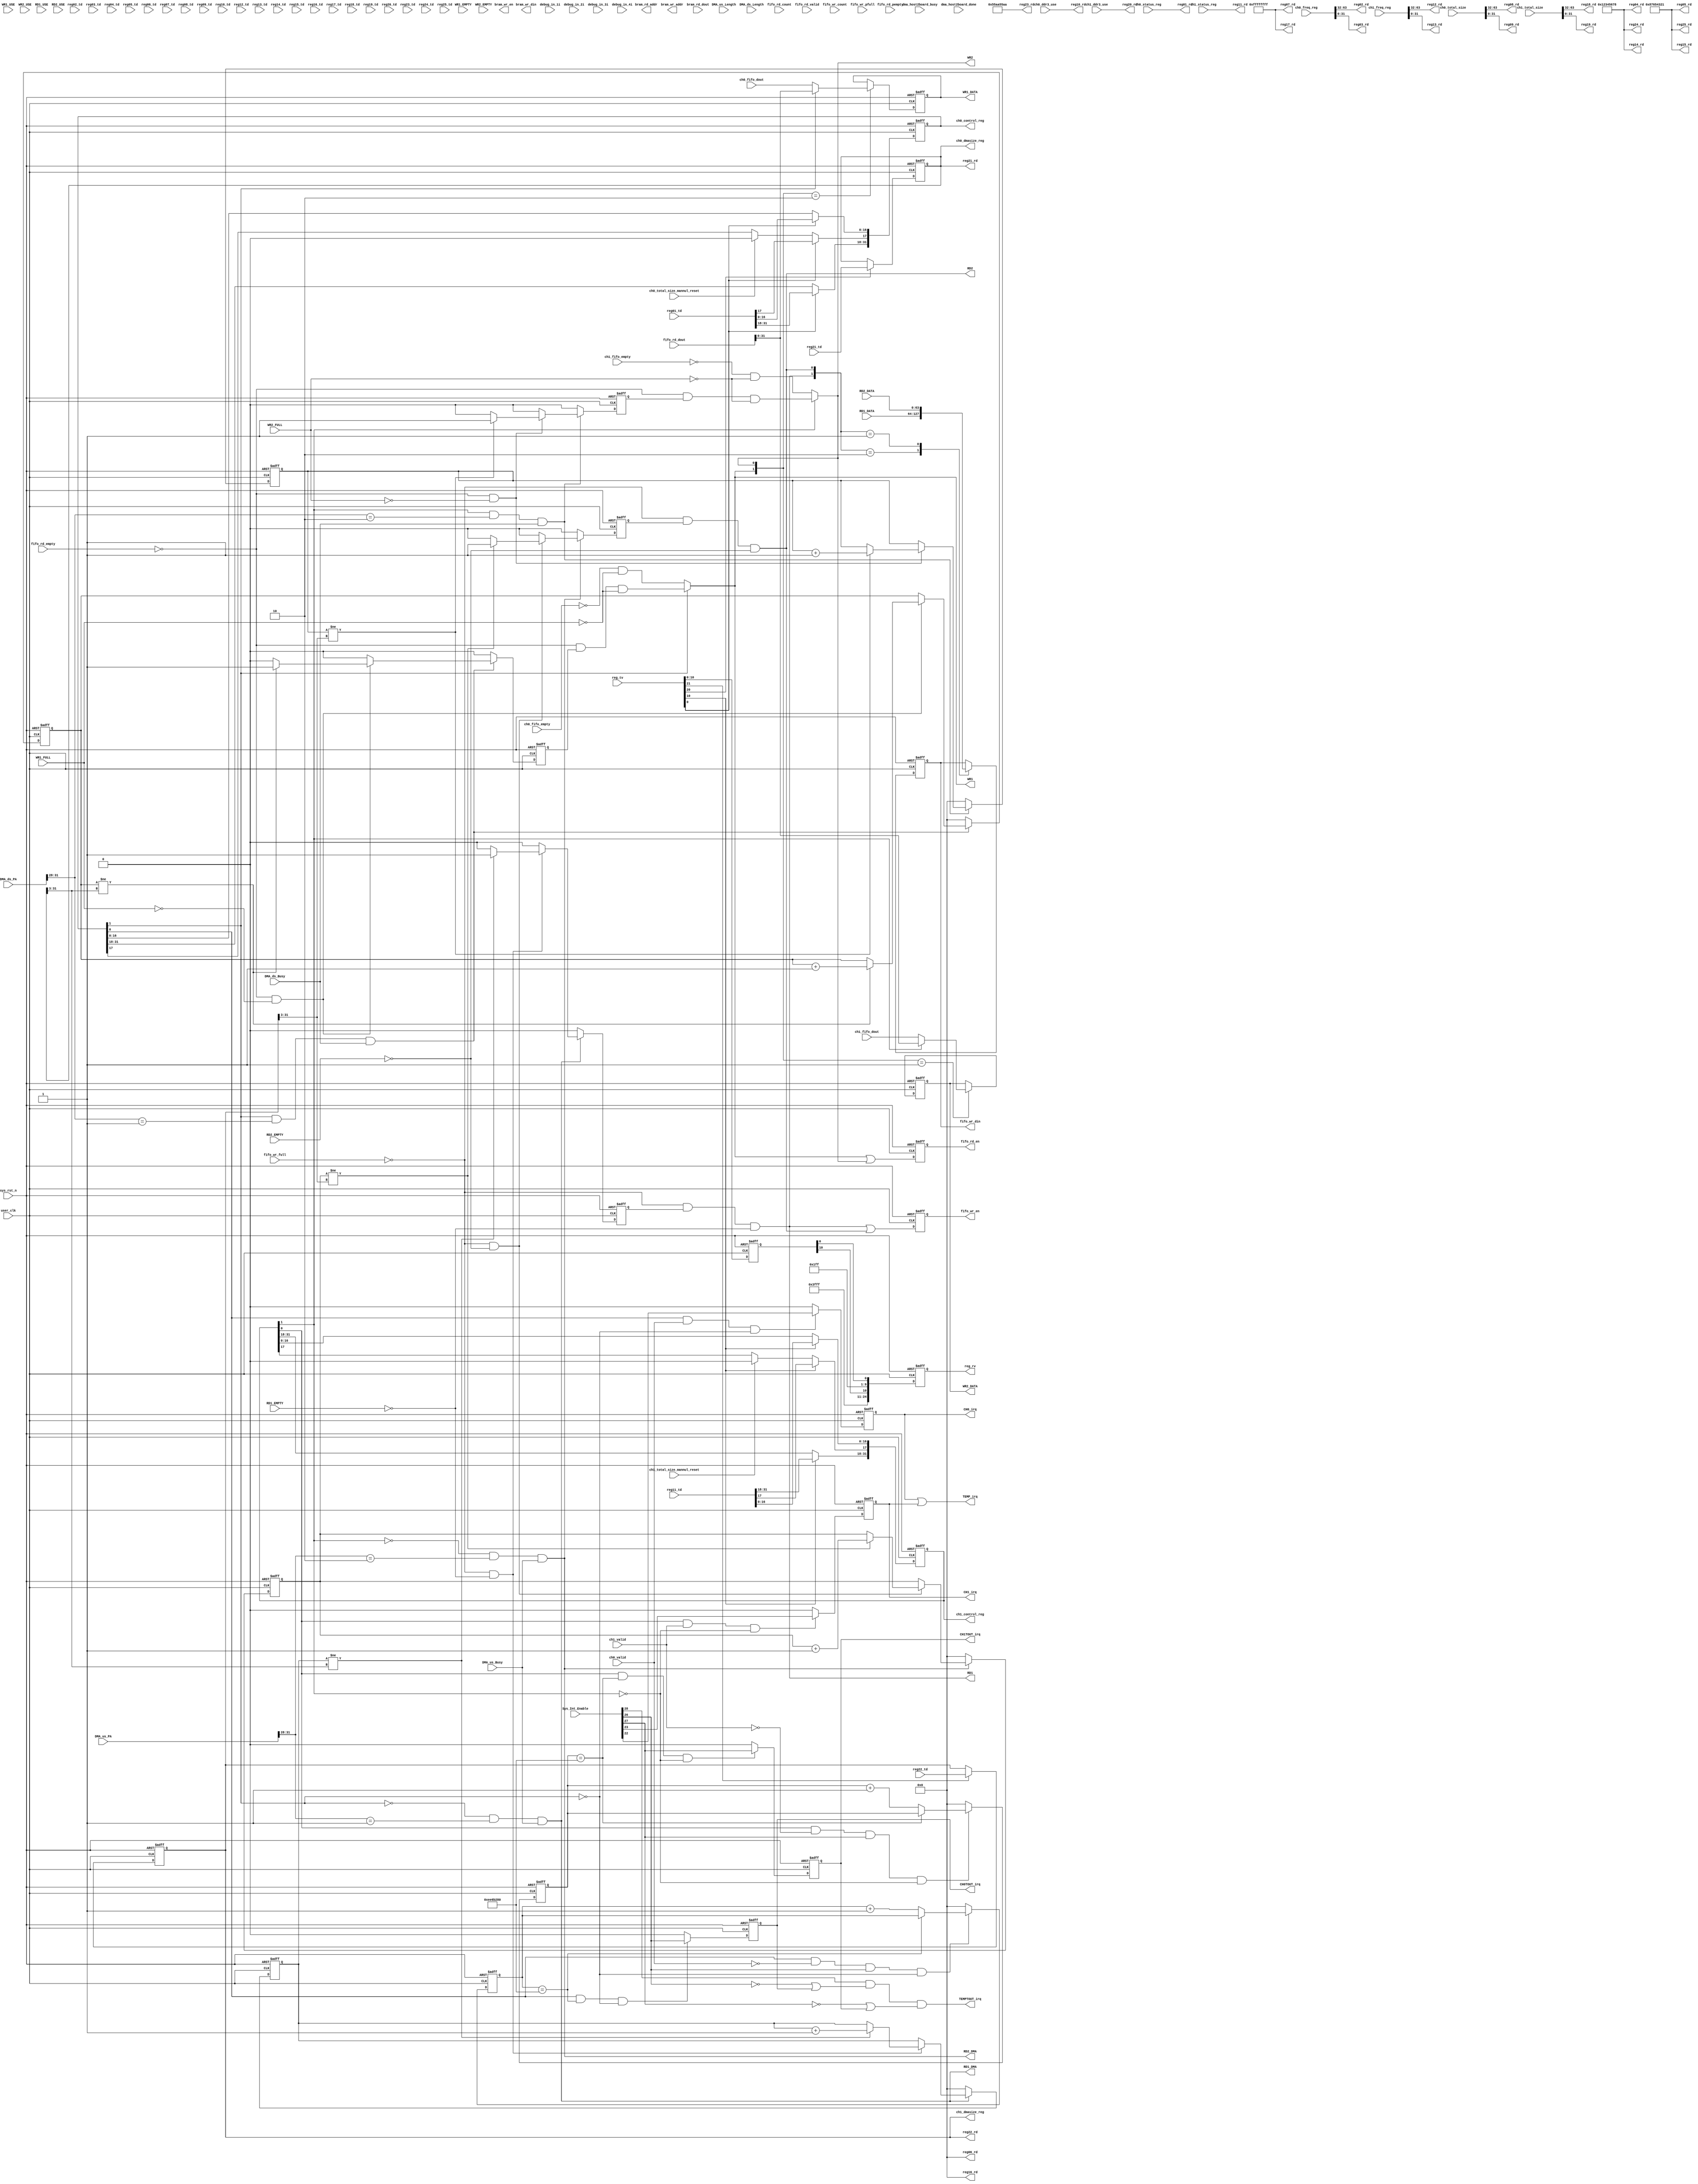
`timescale 1ns / 1ps

module Connection(
	input							user_clk, 
	input 						sys_rst_n,
			
	input							dma_host2board_busy,
	input							dma_host2board_done,
			
	output	reg				CH0_irq, CH1_irq,
	output						TEMP_irq,
	output	reg				CH0TOUT_irq, CH1TOUT_irq,
	output						TEMPTOUT_irq,
	
	input	[63:0]				Sys_Int_Enable,
	input	[31:0]				DMA_us_Length,
	input	[31:0]				DMA_us_PA,
	input							DMA_us_Busy,	

	input	[31:0]				DMA_ds_Length,
	input	[31:0]				DMA_ds_PA,
	input							DMA_ds_Busy,	
	
	//pcie fifo read side
	input	[14:0]				fifo_rd_count,
	input							fifo_rd_empty,
	input							fifo_rd_pempty,
	input							fifo_rd_valid,
	output	reg				fifo_rd_en,
	input		[63:0]			fifo_rd_dout, 	
	//pcie fifo write side
	input		[14:0]			fifo_wr_count, 
	input							fifo_wr_full,
	input							fifo_wr_pfull,
	output	reg				fifo_wr_en, 
	output	reg [63:0]		fifo_wr_din,
	
	//pcie dpram port
	output	reg	[11:0]	bram_rd_addr, 
	output	reg	[11:0]	bram_wr_addr, 
	output	reg	[63:0]	bram_wr_din,
	output	reg	[7:0]		bram_wr_en,
	input		[63:0]			bram_rd_dout,	
	
	//DAQ ch input
	input		[31:0]			ch0_fifo_dout,
	input							ch0_fifo_empty,
	input		[31:0]			ch1_fifo_dout,
	input							ch1_fifo_empty,		
		
	//	FIFO Write Side 1
	output 	reg	[31:0]  			WR1_DATA,         //Data input
	output						WR1,					//Write Request
	input							WR1_FULL,			//Write fifo full
	input		[31:0]			WR1_USE,				//Write fifo usedw
	input							WR1_EMPTY,
	//	FIFO Write Side 2
	output  	reg	[31:0]      	WR2_DATA,         
	output						WR2,			
	input							WR2_FULL,			
	input		[31:0]			WR2_USE,				
	input							WR2_EMPTY,	
	
	//	FIFO Read Side 1	
	input  	[63:0]   		RD1_DATA,         //Data output
	output						RD1,					//Read Request
	input							RD1_EMPTY,			//Read fifo empty
	input		[11:0]			RD1_USE,				//Read fifo usedw
	output						RD1_DMA,
		
	//	FIFO Read Side 2	
	input  	[63:0]   		RD2_DATA,          
	output						RD2,
	input							RD2_EMPTY,			
	input		[11:0]			RD2_USE,				
	output						RD2_DMA,
		
	input		[31:0]			debug_in_1i, debug_in_2i, debug_in_3i,debug_in_4i, 	 
			
	input		[31:0]			reg01_td,reg02_td,reg03_td,reg04_td,reg05_td,reg06_td,reg07_td,reg08_td,reg09_td,reg10_td,
									reg11_td,reg12_td,reg13_td,reg14_td,reg15_td,reg16_td,reg17_td,reg18_td,reg19_td,reg20_td,
									reg21_td,reg22_td,reg23_td,reg24_td,reg25_td,
	input		[24:0]			reg_tv,

	output	[31:0]			reg01_rd,reg02_rd,reg03_rd,reg04_rd,reg05_rd,reg06_rd,reg07_rd,reg08_rd,reg09_rd,reg10_rd,
									reg11_rd,reg12_rd,reg13_rd,reg14_rd,reg15_rd,reg16_rd,reg17_rd,reg18_rd,reg19_rd,reg20_rd,
									reg21_rd,reg22_rd,reg23_rd,reg24_rd,reg25_rd,
	output	reg	[24:0]	reg_rv,

	output	reg	[31:0]	ch0_control_reg,ch1_control_reg,
	output	reg	[31:0]	ch0_dmasize_reg,ch1_dmasize_reg,
	input		[31:0]			ch0_status_reg,ch1_status_reg,
	input		[63:0]			ch0_freq_reg,ch1_freq_reg,

	input		[63:0]			ch0_total_size,ch1_total_size,
			
	input		[31:0]			ch0_ddr3_use,ch1_ddr3_use,
	input							ch0_valid,ch1_valid,

	input							ch0_total_size_mannul_reset,

	input							ch1_total_size_mannul_reset	

);

localparam	C_INT_TIME_OUT_VALUE = 32'd250_000_000;//2s @ 125MHz, for 4Mbps data rate, 1s means 512KB

//---------------us DMA FIFO Read Control-----------------------------------------------------
reg	RD1_reg,RD2_reg;//local reg for Ch data read fifo en

assign	RD1_DMA = (~ch0_control_reg[1] & (DMA_us_PA[31:28] == 4'h1) & DMA_us_Busy);
assign	RD2_DMA = (~ch1_control_reg[1] & (DMA_us_PA[31:28] == 4'h2) & DMA_us_Busy);
assign	RD1 = ~fifo_wr_full & RD1_reg & !RD1_EMPTY;	 
assign	RD2 = ~fifo_wr_full & RD2_reg & !RD2_EMPTY;

//assign	fifo_wr_din = RD1 ? RD1_DATA : RD2 ? RD2_DATA : fifo_wr_din;
//assign	fifo_wr_en = RD1 | RD2;
always@(posedge user_clk or negedge sys_rst_n)begin
	if(!sys_rst_n)begin
		fifo_wr_din <= 64'b0;
		end
	else begin
		case({RD1,RD2})
			2'b10: fifo_wr_din <= RD1_DATA;
			2'b01: fifo_wr_din <= RD2_DATA;
			default:fifo_wr_din <= fifo_wr_din;
		endcase
	end
end	
		
		
always@(posedge user_clk or negedge sys_rst_n)begin
	if(!sys_rst_n)begin
		fifo_wr_en <= 1'b0;
		end
	else begin
		fifo_wr_en <= RD1 | RD2;
		end
	end
	

reg	[31:0]	us_transfer_count1,us_transfer_count2;
always@(posedge user_clk or negedge sys_rst_n)begin
	if(!sys_rst_n)begin
		us_transfer_count1 <= 32'b0;
		RD1_reg <= 1'b0;
		end
	else if(RD1_DMA)begin	
		if(~fifo_wr_full & !RD1_EMPTY)begin
			if(us_transfer_count1 != (ch0_dmasize_reg>>3))begin//DMA_us_Length is in BYTE, fifo width is QDWORD               
				us_transfer_count1 <= us_transfer_count1 + 1'b1;
				RD1_reg <= 1'b1;
				end
			else begin
				us_transfer_count1 <= us_transfer_count1;
				RD1_reg <= 1'b0;
				end
			end
		else begin
			us_transfer_count1 <= us_transfer_count1;
			RD1_reg <= 1'b0;
			end
		end
	else begin
		us_transfer_count1 <= 32'b0;
		RD1_reg <= 1'b0;
		end
	end
	
always@(posedge user_clk or negedge sys_rst_n)begin
	if(!sys_rst_n)begin
		us_transfer_count2 <= 32'b0;
		RD2_reg <= 1'b0;
		end
	else if(RD2_DMA)begin
		if(~fifo_wr_full & !RD2_EMPTY)begin
			if(us_transfer_count2 != (ch1_dmasize_reg>>3))begin
				us_transfer_count2 <= us_transfer_count2 + 1'b1;
				RD2_reg <= 1'b1;
				end
			else begin
				us_transfer_count2 <= us_transfer_count2;
				RD2_reg <= 1'b0;
				end		
			end
		else begin
			us_transfer_count2 <= us_transfer_count2;
			RD2_reg <= 1'b0;
			end	
		end
	else begin
		us_transfer_count2 <= 32'b0;
		RD2_reg <= 1'b0;
		end
	end

//---------------ds DMA FIFO Write Control-----------------------------------------------------
reg	WR1_reg,WR2_reg;//local reg for Ch data read fifo en

assign	WR1_DMA = (ch0_control_reg[1] & (DMA_ds_PA[31:28] == 4'h1) & DMA_ds_Busy);
assign	WR2_DMA = (ch1_control_reg[1] & (DMA_ds_PA[31:28] == 4'h2) & DMA_ds_Busy);
assign	WR1 = ch0_control_reg[1] ? (~fifo_rd_empty & WR1_reg & ~WR1_FULL) : (~ch0_fifo_empty & ~WR1_FULL);	 
assign	WR2 = ch1_control_reg[1] ? (~fifo_rd_empty & WR2_reg & ~WR2_FULL) : (~ch1_fifo_empty & ~WR2_FULL);


//assign	WR1_DATA = ch0_control_reg[1] ? fifo_rd_dout : ch0_fifo_dout;
//assign	WR2_DATA = ch1_control_reg[1] ? fifo_rd_dout : ch1_fifo_dout;

always@(posedge user_clk or negedge sys_rst_n)begin
	if(!sys_rst_n)begin
		WR1_DATA <= 64'b0;
		WR2_DATA <= 64'b0;
		end
	else begin
		case({WR1,WR2})
			2'b10: WR1_DATA <= ch0_control_reg[1] ? fifo_rd_dout : ch0_fifo_dout;
			2'b01: WR2_DATA <= ch1_control_reg[1] ? fifo_rd_dout : ch1_fifo_dout;
			default:begin
				WR1_DATA <= WR1_DATA;
				WR2_DATA <= WR2_DATA;
				end
		endcase
	end
end	
		
		
always@(posedge user_clk or negedge sys_rst_n)begin
	if(!sys_rst_n)begin
		fifo_rd_en <= 1'b0;
		end
	else begin
		fifo_rd_en <= WR1 | WR2;
		end
	end


reg	[31:0]	ds_transfer_count1,ds_transfer_count2;
always@(posedge user_clk or negedge sys_rst_n)begin
	if(!sys_rst_n)begin
		ds_transfer_count1 <= 32'b0;
		WR1_reg <= 1'b0;
		end
	else if(WR1_DMA)begin	
		if(~fifo_rd_empty & !WR1_FULL)begin
			if(ds_transfer_count1 != (ch0_dmasize_reg>>3))begin//DMA_ds_Length is in BYTE, fifo width is QDWORD               
				ds_transfer_count1 <= ds_transfer_count1 + 1'b1;
				WR1_reg <= 1'b1;
				end
			else begin
				ds_transfer_count1 <= ds_transfer_count1;
				WR1_reg <= 1'b0;
				end
			end
		else begin
			ds_transfer_count1 <= ds_transfer_count1;
			WR1_reg <= 1'b0;
			end
		end
	else begin
		ds_transfer_count1 <= 32'b0;
		WR1_reg <= 1'b0;
		end
	end
	
always@(posedge user_clk or negedge sys_rst_n)begin
	if(!sys_rst_n)begin
		ds_transfer_count2 <= 32'b0;
		WR2_reg <= 1'b0;
		end
	else if(WR2_DMA)begin
		if(~fifo_rd_empty & !WR2_FULL)begin
			if(ds_transfer_count2 != (ch1_dmasize_reg>>3))begin
				ds_transfer_count2 <= ds_transfer_count2 + 1'b1;
				WR2_reg <= 1'b1;
				end
			else begin
				ds_transfer_count2 <= ds_transfer_count2;
				WR2_reg <= 1'b0;
				end		
			end
		else begin
			ds_transfer_count2 <= ds_transfer_count2;
			WR2_reg <= 1'b0;
			end	
		end
	else begin
		ds_transfer_count2 <= 32'b0;
		WR2_reg <= 1'b0;
		end
	end
	
//--------------------------xd daq int gen------------------------------------------------
assign 	TEMP_irq = CH0_irq | CH1_irq;
assign	TEMPTOUT_irq   = Sys_Int_Enable[28]  & (!Sys_Int_Enable[26]  | CH0TOUT_irq)  & (!Sys_Int_Enable[27] | CH1TOUT_irq);

reg	[31:0]	CH0_TimeOut_Count,CH1_TimeOut_Count;
always@(posedge user_clk or negedge sys_rst_n)begin
	if(!sys_rst_n)begin
		CH0_irq 			<= 1'b0;
		CH1_irq 			<= 1'b0;

		CH0TOUT_irq		<= 1'b0;
		CH1TOUT_irq    <= 1'b0;
		end
	else begin
		
		if(ch0_control_reg[0] & ch0_valid & !ch0_control_reg[1])begin
			CH0_irq <= Sys_Int_Enable[22];
			end
		else begin
			CH0_irq <= 1'b0;
			end
			
		if(ch1_control_reg[0] & ch1_valid & !ch1_control_reg[1])begin
			CH1_irq <= Sys_Int_Enable[23];
			end
		else begin
			CH1_irq <= 1'b0;	
			end
			
		if(ch0_control_reg[0] & (CH0_TimeOut_Count == C_INT_TIME_OUT_VALUE) & !ch0_control_reg[1])begin
			CH0TOUT_irq <= Sys_Int_Enable[26];
			end
		else begin
			CH0TOUT_irq <= 1'b0;
			end
			
		if(ch1_control_reg[0] & (CH1_TimeOut_Count == C_INT_TIME_OUT_VALUE) & !ch1_control_reg[1])begin
			CH1TOUT_irq <= Sys_Int_Enable[27];
			end
		else begin
			CH1TOUT_irq <= 1'b0;			
			end
		end
	end
	
always@(posedge user_clk or negedge sys_rst_n)begin
	if(!sys_rst_n)begin
		CH0_TimeOut_Count <= 32'b0;
		CH1_TimeOut_Count <= 32'b0;
		end
	else begin
		if(ch0_control_reg[0] & !ch0_valid & Sys_Int_Enable[26] & !ch0_control_reg[1])begin
			if(CH0_TimeOut_Count == C_INT_TIME_OUT_VALUE)
				CH0_TimeOut_Count <= CH0_TimeOut_Count;
			else
				CH0_TimeOut_Count <= CH0_TimeOut_Count + 1'b1;
			end
		else
			CH0_TimeOut_Count <= 32'b0;
			
		if(ch1_control_reg[0] & !ch1_valid & Sys_Int_Enable[27] & !ch1_control_reg[1])begin
			if(CH1_TimeOut_Count == C_INT_TIME_OUT_VALUE)
				CH1_TimeOut_Count <= CH1_TimeOut_Count;
			else
				CH1_TimeOut_Count <= CH1_TimeOut_Count + 1'b1;
			end
		else
			CH1_TimeOut_Count <= 32'b0;	
		end
	end
	
//-------------------------------------------register map-------------------------------------
reg	[31:0]  		reg01_td_reg;
reg	[31:0]  		reg02_td_reg;
reg	[31:0]  		reg03_td_reg;
reg	[31:0]  		reg04_td_reg;
reg	[31:0]  		reg05_td_reg;
reg	[31:0]  		reg06_td_reg;
reg	[31:0]  		reg07_td_reg;
reg	[31:0]  		reg08_td_reg;
reg	[31:0]  		reg09_td_reg;
reg	[31:0]		reg10_td_reg;
reg	[31:0]		reg11_td_reg;
reg	[31:0]		reg12_td_reg;
reg	[31:0]		reg13_td_reg;
reg	[31:0]		reg14_td_reg;
reg	[31:0]		reg15_td_reg;
reg	[31:0]		reg16_td_reg;
reg	[31:0]		reg17_td_reg;
reg	[31:0]		reg18_td_reg;
reg	[31:0]		reg19_td_reg;
reg	[31:0]		reg20_td_reg;
reg	[31:0]  		reg21_td_reg;
reg	[31:0]  		reg22_td_reg;
reg	[31:0]  		reg23_td_reg;
reg	[31:0]  		reg24_td_reg;
reg	[31:0]  		reg25_td_reg;
reg 	[24:0]		reg_tv_reg;
always @(posedge user_clk or negedge sys_rst_n)begin
	if(!sys_rst_n)begin
		reg01_td_reg    	<=   32'b0; 
		reg02_td_reg    	<=   32'b0; 
		reg03_td_reg    	<=   32'b0; 
		reg04_td_reg    	<=   32'b0; 
		reg05_td_reg    	<=   32'b0; 
		reg06_td_reg    	<=   32'b0;  
		reg07_td_reg    	<=   32'b0;  
		reg08_td_reg    	<=   32'b0; 
		reg09_td_reg    	<=   32'b0; 
		reg10_td_reg    	<=   32'b0; 
		reg11_td_reg    	<=   32'b0; 
		reg12_td_reg    	<=   32'b0; 
		reg13_td_reg    	<=   32'b0; 
		reg14_td_reg    	<=   32'b0;  
		reg15_td_reg    	<=   32'b0; 
		reg16_td_reg    	<=   32'b0; 
		reg17_td_reg    	<=   32'b0; 
		reg18_td_reg    	<=   32'b0; 
		reg19_td_reg    	<=   32'b0; 
		reg20_td_reg    	<=   32'b0; 
		reg21_td_reg    	<=   32'b0; 
		reg22_td_reg    	<=   32'b0; 
		reg23_td_reg    	<=   32'b0; 
		reg24_td_reg    	<=   32'b0; 
		reg25_td_reg    	<=   32'b0; 		
		reg_tv_reg    	<=   25'b0;
	end
	else begin	
		reg_tv_reg    	<=   reg_tv;
		
		if(reg_tv[0])
			reg01_td_reg    	<=   reg01_td; 		
		if(reg_tv[1])
			reg02_td_reg    	<=   reg02_td; 
		if(reg_tv[2])
			reg03_td_reg    	<=   reg03_td; 		
		if(reg_tv[3])
			reg04_td_reg    	<=   reg04_td; 			
		if(reg_tv[4])
			reg05_td_reg    	<=   reg05_td; 		
		if(reg_tv[5])
			reg06_td_reg    	<=   reg06_td; 			
		if(reg_tv[6])
			reg07_td_reg    	<=   reg07_td; 		
		if(reg_tv[7])
			reg08_td_reg    	<=   reg08_td; 
		if(reg_tv[8])
			reg09_td_reg    	<=   reg09_td; 		
		if(reg_tv[9])
			reg10_td_reg    	<=   reg10_td; 			
		if(reg_tv[10])
			reg11_td_reg    	<=   reg11_td; 		
		if(reg_tv[11])
			reg12_td_reg    	<=   reg12_td; 			
		if(reg_tv[12])
			reg13_td_reg    	<=   reg13_td; 		
		if(reg_tv[13])
			reg14_td_reg    	<=   reg14_td; 
		if(reg_tv[14])
			reg15_td_reg    	<=   reg15_td; 		
		if(reg_tv[15])
			reg16_td_reg    	<=   reg16_td; 			
		if(reg_tv[16])
			reg17_td_reg    	<=   reg17_td; 		
		if(reg_tv[17])
			reg18_td_reg    	<=   reg18_td; 			
		if(reg_tv[18])
			reg19_td_reg    	<=   reg19_td; 		
		if(reg_tv[19])
			reg20_td_reg    	<=   reg20_td; 	
		if(reg_tv[20])
			reg21_td_reg    	<=   reg21_td; 		
		if(reg_tv[21])
			reg22_td_reg    	<=   reg22_td; 
		if(reg_tv[22])
			reg23_td_reg    	<=   reg23_td; 		
		if(reg_tv[23])
			reg24_td_reg    	<=   reg24_td; 			
		if(reg_tv[24])
			reg25_td_reg    	<=   reg25_td; 		
			
	end
end

always@(posedge user_clk or negedge sys_rst_n)begin
	if(!sys_rst_n)begin
		reg_rv	<= 25'b0;
		end
	else begin			
		reg_rv	<= {14'h3FFF,reg_tv_reg[10],9'h1FF,reg_tv_reg[0]};		//control words are R + W, others are Read Only		
		end
	end

assign	reg01_rd	= ch0_status_reg;
assign	reg02_rd	= ch0_freq_reg[63:32];
assign	reg03_rd	= ch0_freq_reg[31:0];
assign	reg04_rd	= 32'h12345678;//reserve
assign	reg05_rd	= 32'h87654321;//reserve
assign	reg06_rd	= 32'h00000000;//reserve
assign	reg07_rd	= 32'hffffffff;//reserve
assign	reg08_rd	= ch0_total_size[63:32];
assign	reg09_rd	= ch0_total_size[31:0];
assign	reg10_rd	= ch0_ddr3_use;

assign	reg11_rd = ch1_status_reg;
assign	reg12_rd = ch1_freq_reg[63:32];			
assign	reg13_rd = ch1_freq_reg[31:0];
assign	reg14_rd = 32'h12345678;//reserve
assign	reg15_rd = 32'h87654321;//reserve
assign	reg16_rd = 32'h00000000;//reserve
assign	reg17_rd = 32'hffffffff;//reserve
assign	reg18_rd = ch1_total_size[63:32];
assign	reg19_rd = ch1_total_size[31:0];
assign	reg20_rd = ch1_ddr3_use;	

assign	reg21_rd = ch0_dmasize_reg;
assign	reg22_rd = ch1_dmasize_reg;	
assign	reg23_rd = 32'h55aa55aa;//reserve
assign	reg24_rd = 32'h12345678;//reserve
assign	reg25_rd = 32'h87654321;//reserve
	
//----------------------------------------------------------------------
always @(posedge user_clk or negedge sys_rst_n)begin
	if(!sys_rst_n)begin
		ch0_control_reg <= 32'b0;
		ch1_control_reg <= 32'b0;
		end
	else begin
		if(reg_tv[0])
			ch0_control_reg <= reg01_td;
		else begin
			ch0_control_reg[17] <= ch0_total_size_mannul_reset ? 1'b0 : ch0_control_reg[17];
			end
			
		if(reg_tv[10])
			ch1_control_reg <= reg11_td;
		else begin
			ch1_control_reg[17] <= ch1_total_size_mannul_reset ? 1'b0 : ch1_control_reg[17];
			end
		end
	end
//------------------------DMA_SIZE----------------------------------------------
always @(posedge user_clk or negedge sys_rst_n)begin
	if(!sys_rst_n)begin
		ch0_dmasize_reg <= 32'b0;
		ch1_dmasize_reg <= 32'b0;
		end
	else begin
		if(reg_tv[20])
			ch0_dmasize_reg <= reg21_td;
		else begin
			ch0_dmasize_reg <= ch0_dmasize_reg;			
			end
			
		if(reg_tv[21])
			ch1_dmasize_reg <= reg22_td;
		else begin		
			ch1_dmasize_reg <= ch1_dmasize_reg;			
			end
		end
	end
	
endmodule